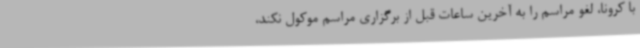
با کرونا، لغو مراسم را به آخرین ساعات قبل از برگزاری مراسم موکول نکند،